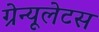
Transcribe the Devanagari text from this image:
ग्रेन्यूलेटस